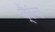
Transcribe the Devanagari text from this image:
बै्रंच